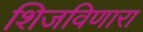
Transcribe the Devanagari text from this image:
शिजविणारा